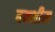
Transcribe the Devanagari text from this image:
बक्शीस